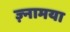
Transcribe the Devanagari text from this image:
ज़्नामया